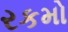
રકમો